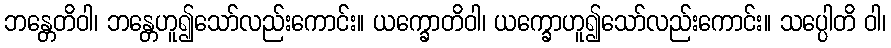
ဘန္တေတိဝါ၊ ဘန္တေဟူ၍သော်လည်းကောင်း။ ယက္ခောတိဝါ၊ ယက္ခောဟူ၍သော်လည်းကောင်း။ သပ္ပေါတိ ဝါ၊